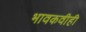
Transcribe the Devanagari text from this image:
भावकवीही